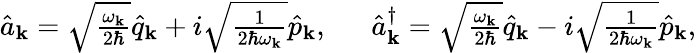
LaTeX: \begin{array}{r}{\hat{a}_{\mathbf k}=\sqrt{\frac{\omega_{\mathbf{k}}}{2\hbar}}\hat{q}_{\mathbf k}+i\sqrt{\frac{1}{2\hbar\omega_{\mathbf{k}}}}\hat{p}_{\mathbf k},~~~~~~\hat{a}_{\mathbf k}^{\dagger}=\sqrt{\frac{\omega_{\mathbf{k}}}{2\hbar}}\hat{q}_{\mathbf k}-i\sqrt{\frac{1}{2\hbar\omega_{\mathbf{k}}}}\hat{p}_{\mathbf k},}\end{array}